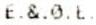
E.&.0.E.